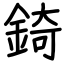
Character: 錡